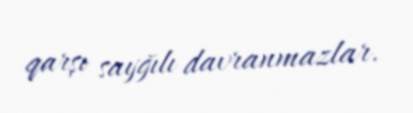
qarşı sayğılı davranmazlar.